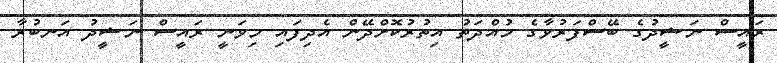
ރައީސް ނަޝީދުގެ ބޭސްފަރުވާގެ މުއްދަތު އިތުރުކޮށްދޭން އެދިފައި މިވަނީ ރައީސް ނަޝީދު އަނބުރާ